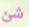
شئ